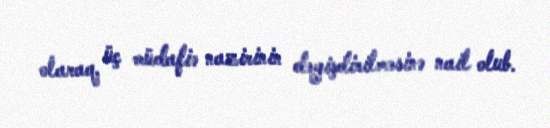
olaraq, üç müdafiə nazirinin dəyişdirilməsinə nail olub.